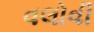
વલોવી